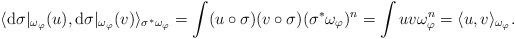
LaTeX: \begin{align*}\langle \mathrm{d}\sigma |_{\omega_{\varphi}} (u) , \mathrm{d}\sigma |_{\omega_{\varphi}} (v) \rangle_{\sigma^* \omega_{\varphi}} = \int (u\circ \sigma) (v\circ \sigma) (\sigma^*\omega_{\varphi})^n = \int uv \omega_{\varphi}^n = \langle u,v \rangle_{\omega_{\varphi}}.\end{align*}